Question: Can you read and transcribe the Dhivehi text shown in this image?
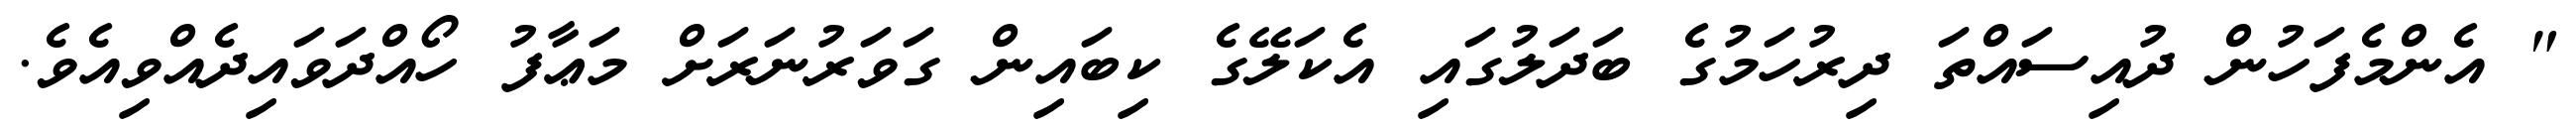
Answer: " އެންމެފަހުން ދުއިސައްތަ ދިރުހަމުގެ ބަދަލުގައި އެކަލޭގެ ކިބައިން ގަވަރުނަރަށް މަޢާފު ހޯއްދަވައިދެއްވިއެވެ.